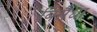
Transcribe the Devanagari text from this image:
बिसैधा